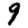
Digit: 9